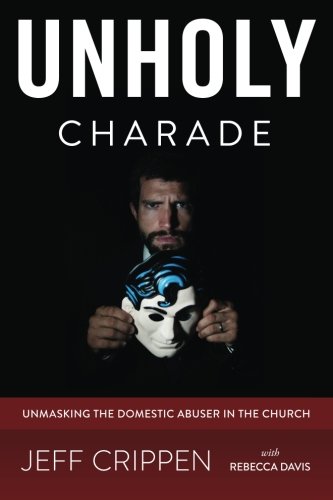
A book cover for Unholy Charade: Unmasking the Domestic Abuser in the Church; Jeff Crippen; Christian Books & Bibles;